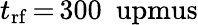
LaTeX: t_{\mathrm{rf}}\, {=}\, 300~\mathrm{\ upmus}